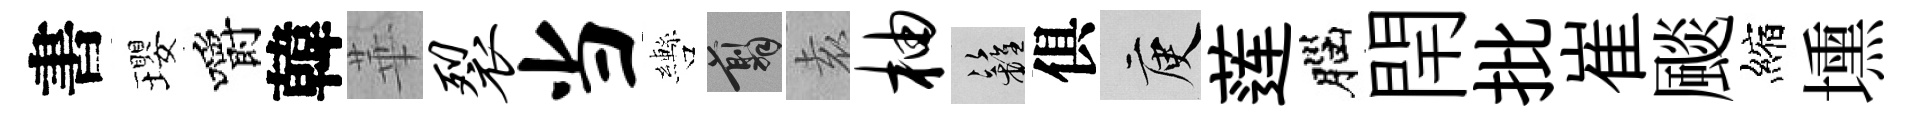
書瓔嚼韓華裂当轡翦𡊮柚籬俱庾莲腦閈批崔颷縮壎